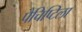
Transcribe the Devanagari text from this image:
पैचिप्टिला